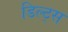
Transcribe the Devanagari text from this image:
डिल्ट्स